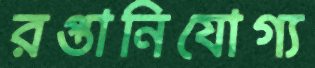
রপ্তানিযোগ্য